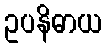
ဥပနိဓာယ